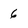
Character: 6